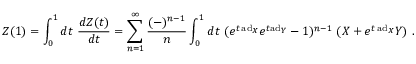
Z ( 1 ) = \int _ { 0 } ^ { 1 } d t ~ { \frac { d Z ( t ) } { d t } } = \sum _ { n = 1 } ^ { \infty } { \frac { ( - ) ^ { n - 1 } } { n } } \int _ { 0 } ^ { 1 } d t ~ ( e ^ { t \, \mathrm { a d } _ { X } } e ^ { t \mathrm { a d } _ { Y } } - 1 ) ^ { n - 1 } ~ ( X + e ^ { t \, \mathrm { a d } _ { X } } Y ) ~ .